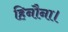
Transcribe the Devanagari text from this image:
हिनौना।